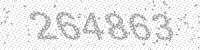
Solution: 264863